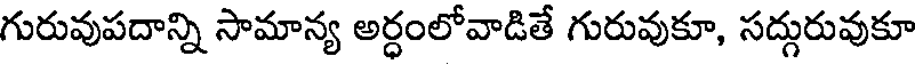
గురువుపదాన్ని సామాన్య అర్ధంలోవాడితే గురువుకూ, సద్గురువుకూ